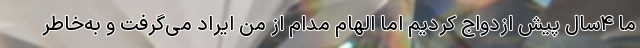
ما ۴سال پیش ازدواج کردیم اما الهام مدام از من ایراد می‌گرفت و به‌خاطر